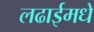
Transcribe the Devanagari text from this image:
लढाईमधे